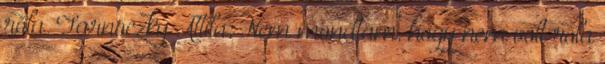
róla. Tarnóczky Attila: Nem mondtam, hogy nem volt róla